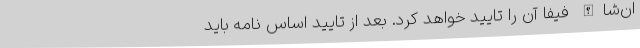
ان‌شاالله فیفا آن را تایید خواهد کرد. بعد از تایید اساس نامه باید